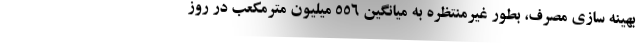
بهینه سازی مصرف، بطور غیرمنتظره به میانگین 556 میلیون مترمکعب در روز